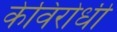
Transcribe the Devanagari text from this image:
केविरोधी